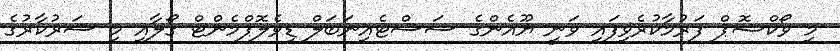
މި ވޯކްޝޮޕް ފަރުމާކުރެވިފައި ވަނީ ޔޫއެންގެ ސަސްޓެއިނަބަލް ޑިވެލޮޕްމެންޓް ގޯލާއި މި ސަރުކާރުގެ